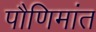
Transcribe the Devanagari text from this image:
पौणिमांत